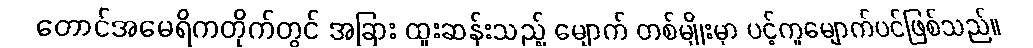
တောင်အမေရိကတိုက်တွင် အခြား ထူးဆန်းသည့် မျောက် တစ်မျိုးမှာ ပင့်ကူမျောက်ပင်ဖြစ်သည်။